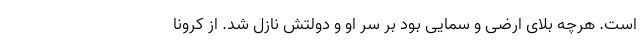
است. هرچه بلای ارضی و سمایی بود بر سر او و دولتش نازل شد. از کرونا